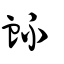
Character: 衃